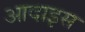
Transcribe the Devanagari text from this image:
आदाइस